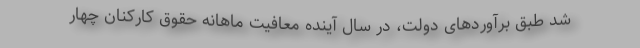
شد طبق برآوردهای دولت، در سال آینده معافیت ماهانه حقوق کارکنان چهار